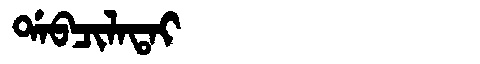
Manchu: ᡩᠠᠪᠴᡳᠯᠠᡨᠠᡳ
Romanization: DABCILATAI